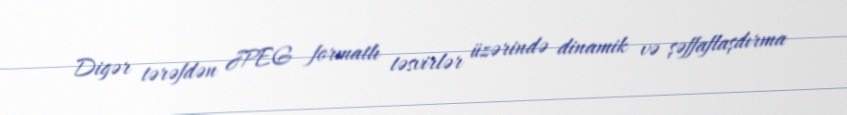
Digər tərəfdən JPEG formatlı təsvirlər üzərində dinamik və şəffaflaşdırma